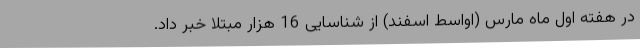
در هفته اول ماه مارس (اواسط اسفند) از شناسایی 16 هزار مبتلا خبر داد.